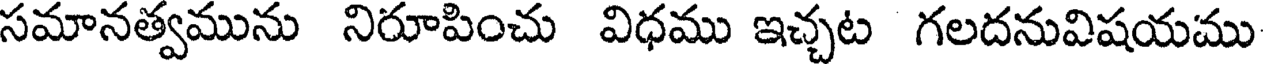
సమానత్వమును నిరూపించు విధము ఇచ్చట గలదనువిషయము